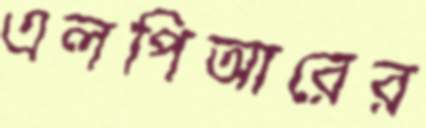
এলপিআরের